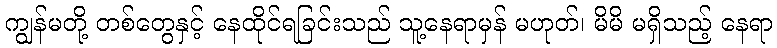
ကျွန်မတို့ တစ်တွေနှင့် နေထိုင်ရခြင်းသည် သူ့နေရာမှန် မဟုတ်၊ မိမိ မရှိသည့် နေရာ